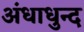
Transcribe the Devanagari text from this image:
अंधाधुन्द